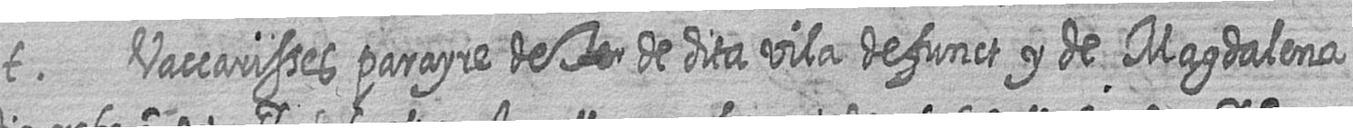
t Vaccarisses parayre de # de dita vila defunct y de Magdalena